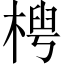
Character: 𬃤